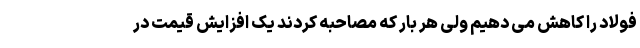
فولاد را کاهش می دهیم ولی هر بار که مصاحبه کردند یک افزایش قیمت در